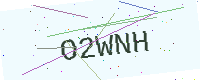
Text: O2WNH